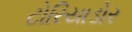
ટોરિયાડોર